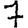
Digit: 7